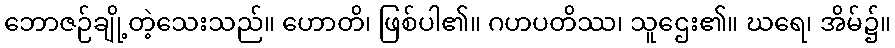
ဘောဇဉ်ချို့တဲ့သေးသည်။ ဟောတိ၊ ဖြစ်ပါ၏။ ဂဟပတိဿ၊ သူဌေး၏။ ဃရေ၊ အိမ်၌။